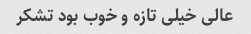
عالی خیلی تازه و خوب بود تشکر